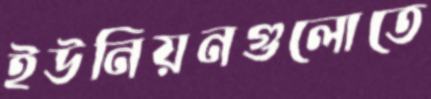
ইউনিয়নগুলোতে